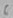
Text: 6